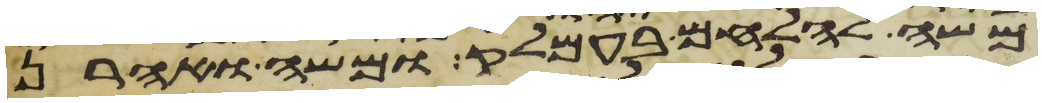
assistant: משה להלחם בעמלק ומשה ואהרן